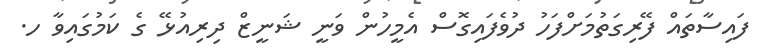
ފައިސާތައް ފޭރިގަތުމަށްފަހު ދުވެފައިގޮސް އެމީހުން ވަނީ ޝަނީޒް ދިރިއުޅޭ ގެ ކަމުގައިވާ ހ.